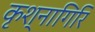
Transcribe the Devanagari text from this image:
कृश्नागिरि